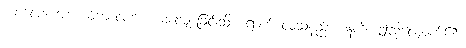
ကာလေ၊ အဘယ်ကာလက မေ့လျော့ခြင်းသို့ ရောက်လေသနည်း။ ဣတိ၊ ဤသို့လျှောက်၏။